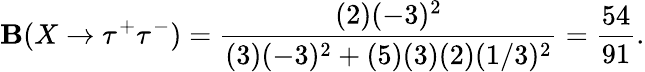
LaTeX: \mathbf{B}(X\rightarrow\tau^{+}\tau^{-})={\frac{{(2)(-3)^{2}}}{{(3)(-3)^{2}+(5)(3)(2)(1/3)^{2}}}}={\frac{{54}}{{91}}}.